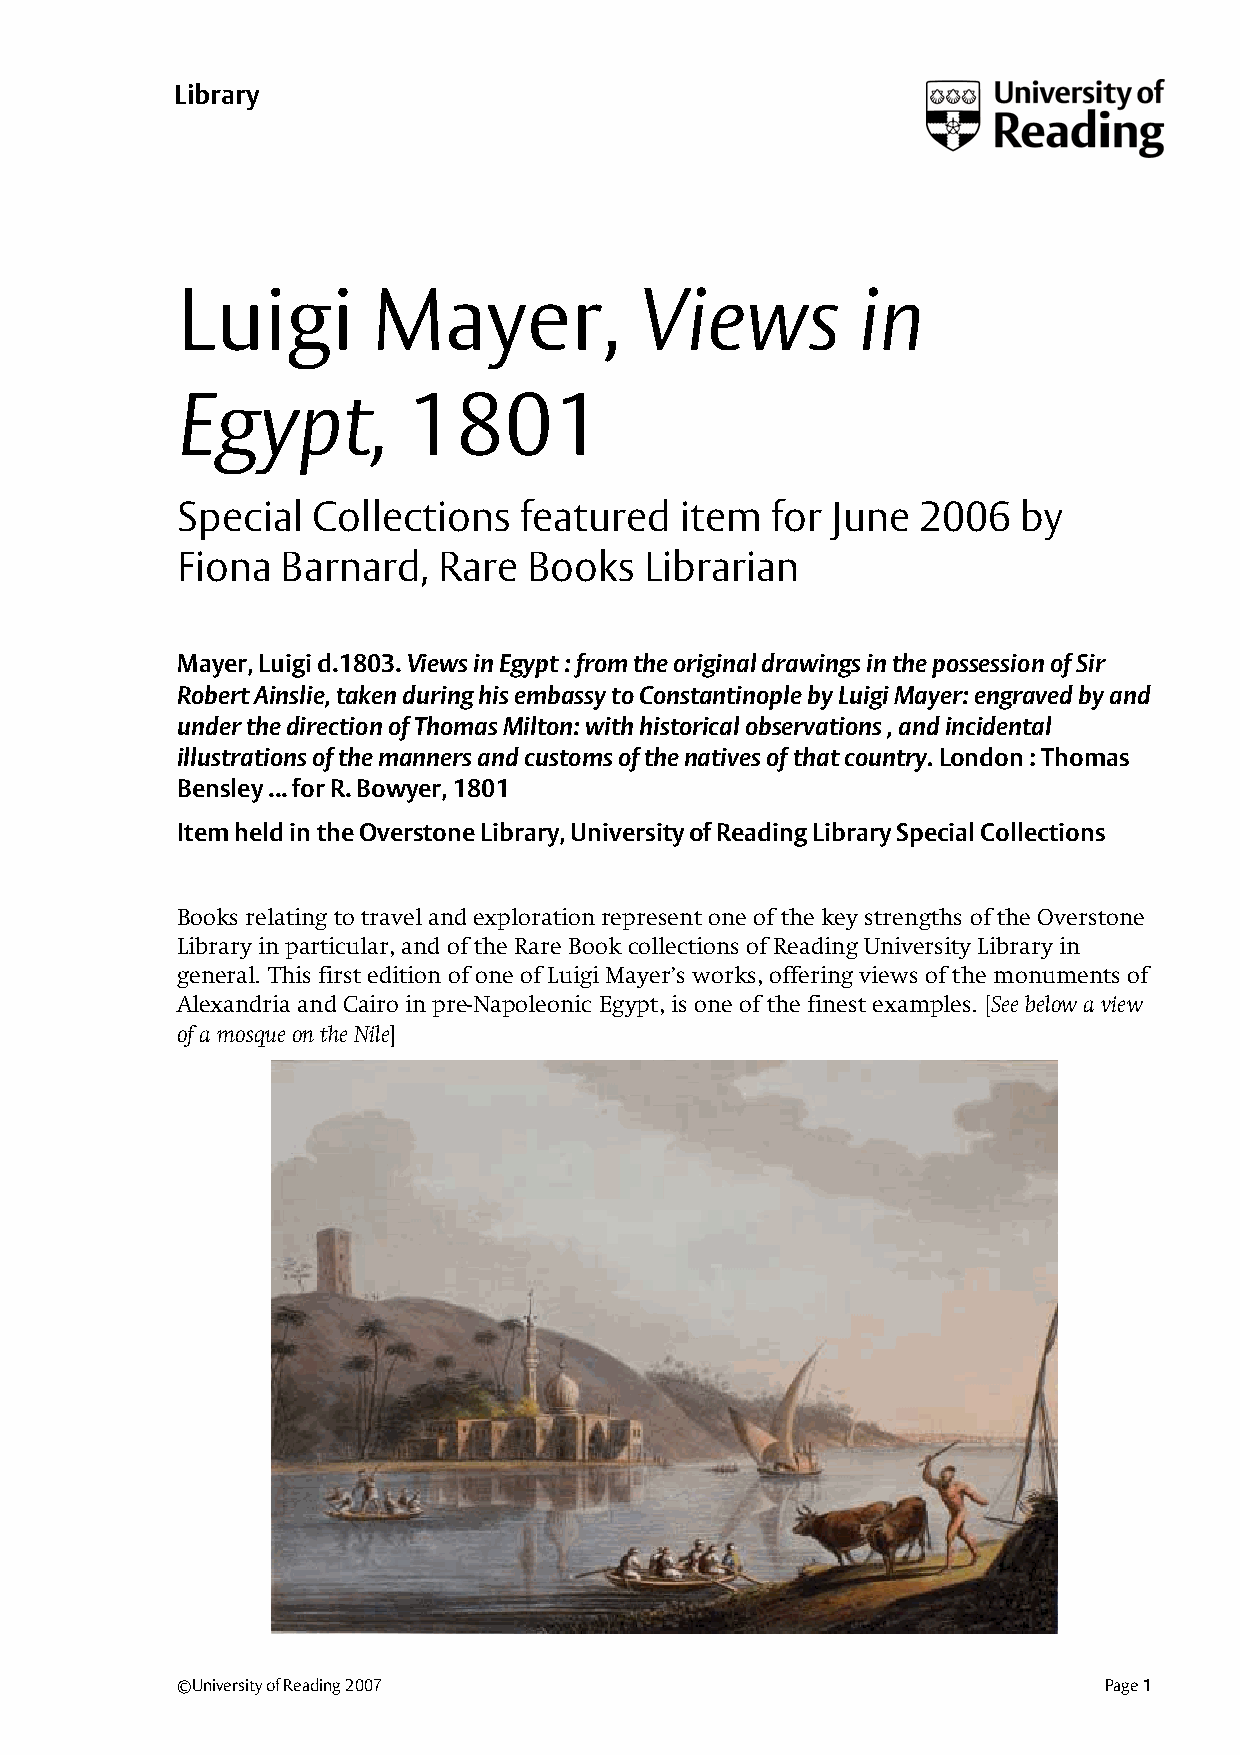
Fiona Barnard                                             Section name
 L ibrary
 LLuuiiggii   MMaayyeerr,,     VViieewwss     iinn
 EEggyypptt,,   11880011
 SSppeecciiaall CCoolllleeccttiioonnss ffeeaattuurreedd iitteemm ffoorr JJuunnee 22000066 bbyy
 FFiioonnaa BBaarrnnaarrdd,, RRaarree BBooookkss LLiibbrraarriiaann
 MMaayyeerr,, LLuuiiggii dd..11880033.. VViieewwss iinn EEggyypptt :: ffrroomm tthhee oorriiggiinnaall ddrraawwiinnggss iinn tthhee ppoosssseessssiioonn ooff SSiirr
 RRoobbeerrtt AAiinnsslliiee,, ttaakkeenn dduurriinngg hhiiss eemmbbaassssyy ttoo CCoonnssttaannttiinnooppllee bbyy LLuuiiggii MMaayyeerr:: eennggrraavveedd bbyy aanndd
 uunnddeerr tthhee ddiirreeccttiioonn ooff TThhoommaass MMiillttoonn:: wwiitthh hhiissttoorriiccaall oobbsseerrvvaattiioonnss ,, aanndd iinncciiddeennttaall
 iilllluussttrraattiioonnss ooff tthhee mmaannnneerrss aanndd ccuussttoommss ooff tthhee nnaattiivveess ooff tthhaatt ccoouunnttrryy.. LLoonnddoonn :: TThhoommaass
 BBeennsslleeyy ...... ffoorr RR.. BBoowwyyeerr,, 11880011
 IItteemm hheelldd iinn tthhee OOvveerrssttoonnee LLiibbrraarryy,, UUnniivveerrssiittyy ooff RReeaaddiinngg LLiibbrraarryy SSppeecciiaall CCoolllleeccttiioonnss
 BBooookkss rreellaattiinngg ttoo ttrraavveell aanndd eexxpplloorraattiioonn rreepprreesseenntt oonnee ooff tthhee kkeeyy ssttrreennggtthhss ooff tthhee OOvveerrssttoonnee
 LLiibbrraarryy iinn ppaarrttiiccuullaarr,, aanndd ooff tthhee RRaarree BBooookk ccoolllleeccttiioonnss ooff RReeaaddiinngg UUnniivveerrssiittyy LLiibbrraarryy iinn
 ggeenneerraall.. TThhiiss ffiirrsstt eeddiittiioonn ooff oonnee ooff LLuuiiggii MMaayyeerr’’ss wwoorrkkss,, ooffffeerriinngg vviieewwss ooff tthhee mmoonnuummeennttss ooff
 AAlleexxaannddrriiaa aanndd CCaaiirroo iinn pprree--NNaappoolleeoonniicc EEggyypptt,, iiss oonnee ooff tthhee ffiinneesstt eexxaammpplleess.. [[SSeeee bbeellooww aa vviieeww
 ooff aa mmoossqquuee oonn tthhee NNiillee]]
 ©University of Reading 2007                                  Page 1